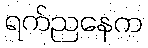
ရက်ညနေက